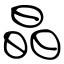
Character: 晶